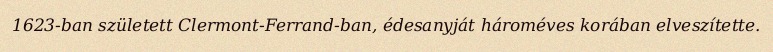
1623-ban született Clermont-Ferrand-ban, édesanyját hároméves korában elveszítette.